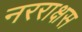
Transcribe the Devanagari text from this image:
नरराक्षस